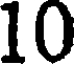
10